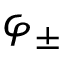
\varphi _ { \pm }